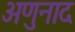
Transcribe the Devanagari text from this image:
अणुनाद